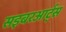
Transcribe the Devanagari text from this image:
सइबरआर्ट्स